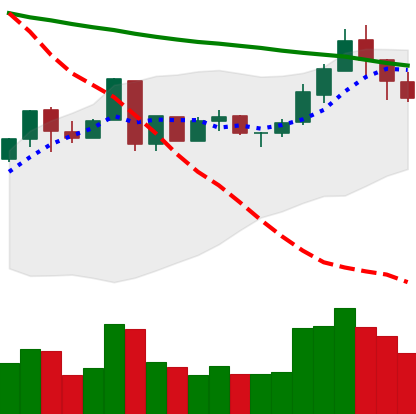
Ticker: LTC-USD
Chart end date: 2018-05-08
Forward return: -9.416%
Label: down_7plus